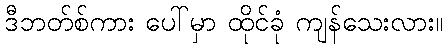
ဒီဘတ်စ်ကား ပေါ်မှာ ထိုင်ခုံ ကျန်သေးလား။